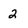
Character: 2